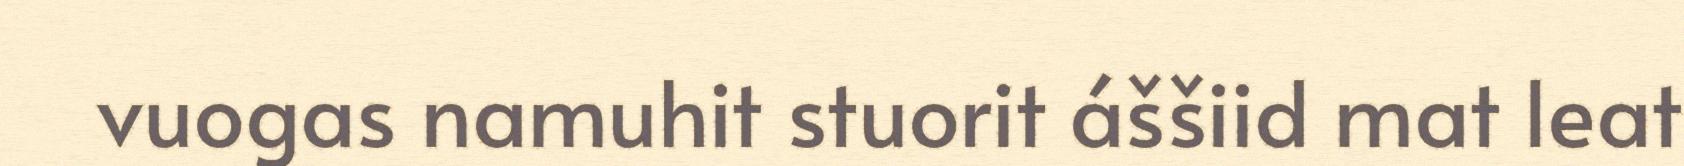
vuogas namuhit stuorit áššiid mat leat